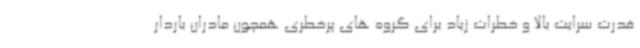
قدرت سرایت بالا و خطرات زیاد برای گروه های پرخطری همچون مادران باردار